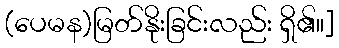
(ပေမန)မြတ်နိုးခြင်းလည်း ရှိ၏။]